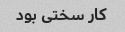
کار سختی بود